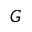
G